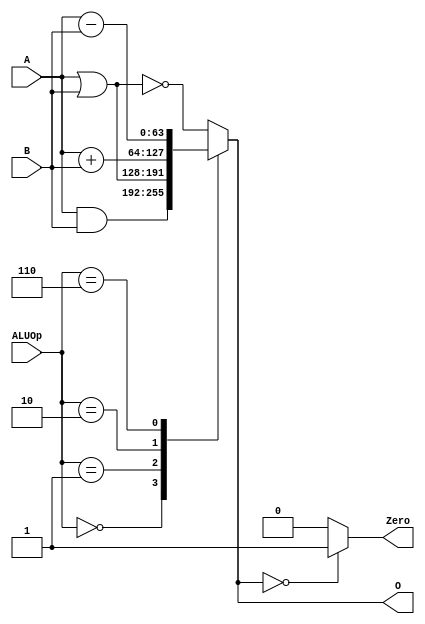
module ALU_64_bit(
    input  [63:0] A,
    input  [63:0] B,
    input  [ 5:0] ALUOp, 
    output reg [63:0] O, 
    output reg Zero
);

    always@(*)
        begin
            case (ALUOp)
                4'd0:     O <= A & B; 
                4'd1:     O <= A | B; 
                4'd2:     O <= A + B; 
                4'd6:     O <= A - B; 
                default:  O <=~(A|B);
            endcase
            Zero = (O == 64'b0) ? 1'b1 : 1'b0;
        end
    
endmodule